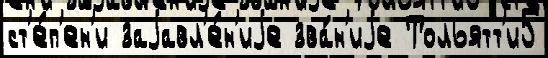
ст'е́п'ен'и заjавл'е́н'иjе зва́н'иjе Тольятт'и5